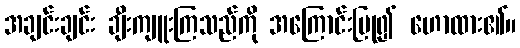
အချင်းချင်း ချီးကျူးကြသည်ကို အကြောင်းပြု၍ ဟောထား၏။